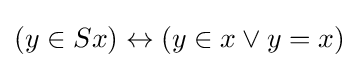
(y\in Sx)\leftrightarrow (y\in x\lor y=x)